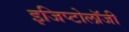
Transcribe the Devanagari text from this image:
इजिप्टोलॉजी